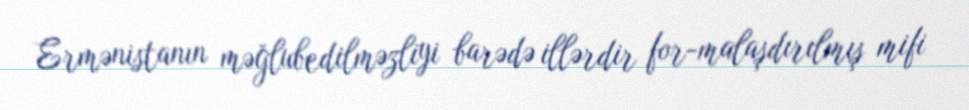
Ermənistanın məğlubedilməzliyi barədə illərdir for­malaşdırılmış mifi